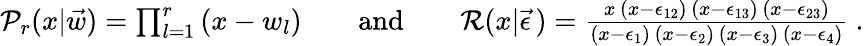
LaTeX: \begin{array}{r}{\mathcal{P}_{r}(x|\vec{w})=\prod_{l=1}^{r}\, (x-w_{l})\qquad\mathrm{and}\qquad\mathcal{R}(x|\vec{\epsilon}\, )=\frac{x\, (x-\epsilon_{12})\, (x-\epsilon_{13})\, (x-\epsilon_{23})}{(x-\epsilon_{1})\, (x-\epsilon_{2})\, (x-\epsilon_{3})\, (x-\epsilon_{4})}\ .}\end{array}